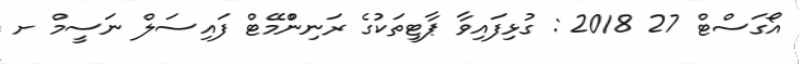
އޯގަސްޓް 27 2018 : ގުޅިފައިވާ ޕާޓީތަކުގެ ރަނިންްމޭޓް ފައިސަލް ނަސީމް ށ